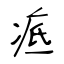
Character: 疷